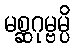
မစ္ဆဂုမ္ဗမ္ပိ